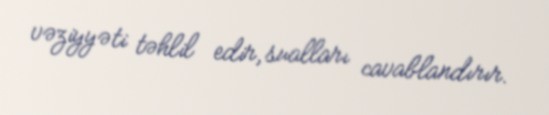
vəziyyəti təhlil edir, sualları cavablandırır.